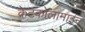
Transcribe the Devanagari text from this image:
केटकोलामाइन